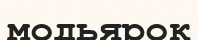
модьярок